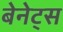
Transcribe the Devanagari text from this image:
बेनेट्स